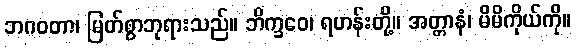
ဘဂဝတာ၊ မြတ်စွာဘုရားသည်။ ဘိက္ခဝေ၊ ရဟန်းတို့။ အတ္တာနံ၊ မိမိကိုယ်ကို။